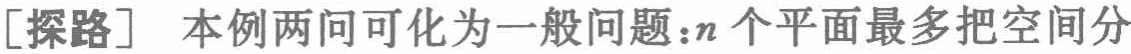
[探路] 本例两问可化为一般问题：\(n\)个平面最多把空间分